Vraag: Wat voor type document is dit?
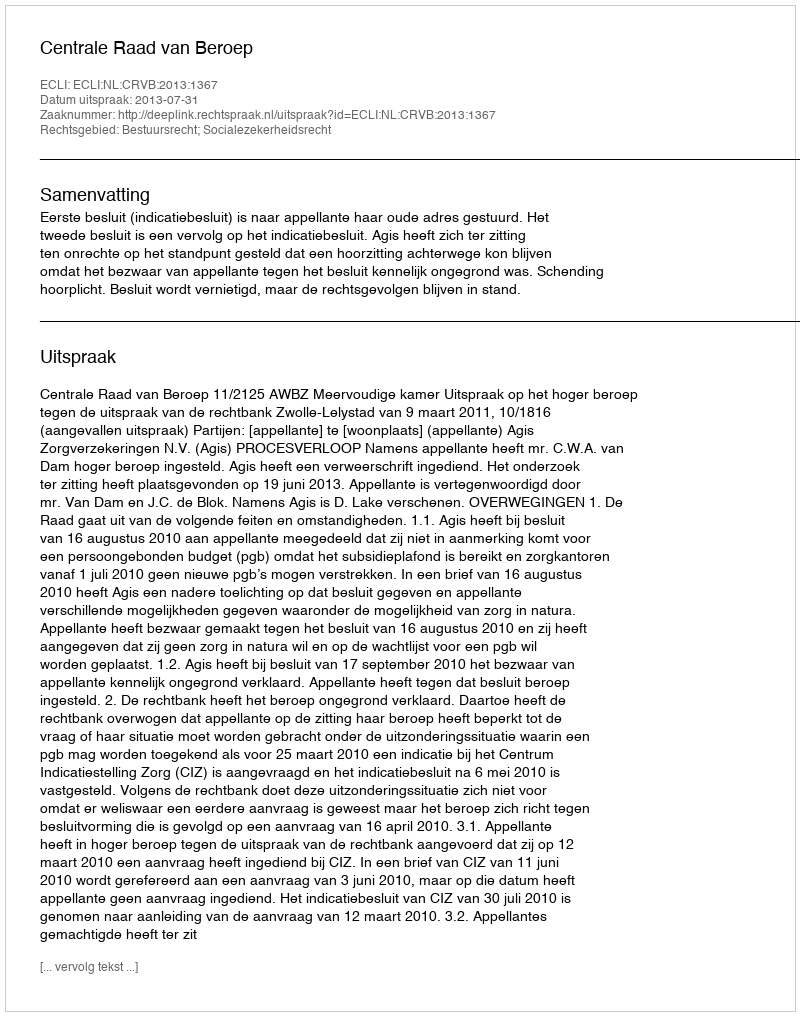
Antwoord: Uitspraak